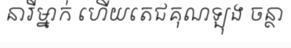
នារីម្នាក់ ហើយតេជគុណឡុង ចន្ថា